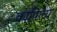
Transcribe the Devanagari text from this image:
कापिल्य